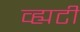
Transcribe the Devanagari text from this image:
व्ह्यटी